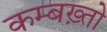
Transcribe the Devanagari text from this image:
कम्बख़्तो